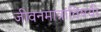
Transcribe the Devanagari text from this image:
जीवनमात्रांविषयी